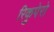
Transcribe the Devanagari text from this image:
रिकुपेरो